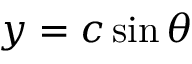
y = c \sin \theta